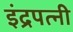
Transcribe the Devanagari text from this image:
इंद्रपत्‍नी